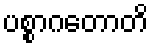
ပစ္စာဂတောတိ